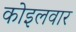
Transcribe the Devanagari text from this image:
कोइलवार